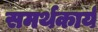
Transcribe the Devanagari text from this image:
समर्थकार्य